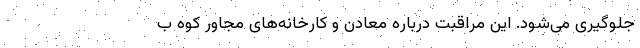
جلوگیری می‌شود. این مراقبت درباره معادن و کارخانه‌های مجاور کوه ب